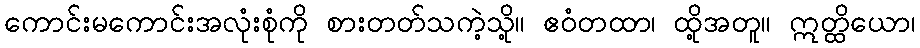
ကောင်းမကောင်းအလုံးစုံကို စားတတ်သကဲ့သို့။ ဧဝံတထာ၊ ထို့အတူ။ ဣတ္ထိယော၊